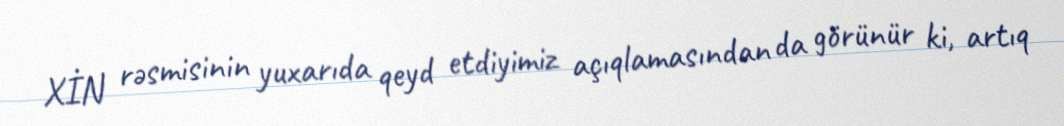
XİN rəsmisinin yuxarıda qeyd etdiyimiz açıqlamasından da görünür ki, artıq